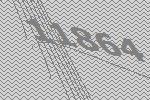
11864